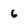
Character: 6